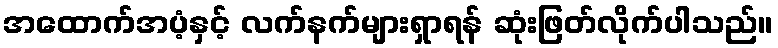
အထောက်အပံ့နှင့် လက်နက်များရှာရန် ဆုံးဖြတ်လိုက်ပါသည်။